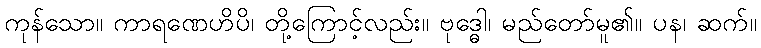
ကုန်သော။ ကာရဏေဟိပိ၊ တို့ကြောင့်လည်း။ ဗုဒ္ဓေါ၊ မည်တော်မူ၏။ ပန၊ ဆက်။